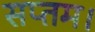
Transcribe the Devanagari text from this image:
सप्तम।